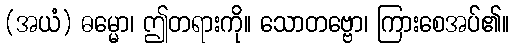
(အယံ) ဓမ္မော၊ ဤတရားကို။ သောတဗ္ဗော၊ ကြားစေအပ်၏။